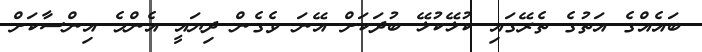
ބައެއްގެ އަތުގެ ތެރޭގައި ކުޅޭކުޅޭ ބުދަކަށް އޭނަ ވެގެން ދިޔައީ އެންމެ އިންސާކަށް